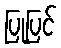
ပြုပြင်